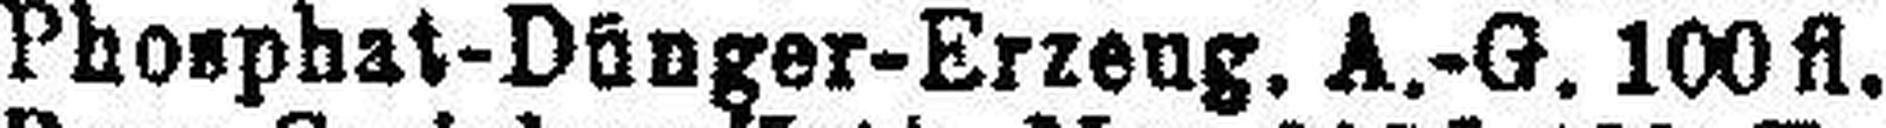
Phosphat-Dünger-Erzeug. A.-G. 100fl.